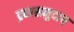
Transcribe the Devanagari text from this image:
द्रव्यसमुदाय